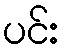
ပင်း